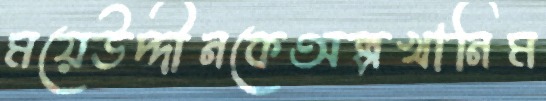
ময়েউদ্দীনকেঅল্পখানিম